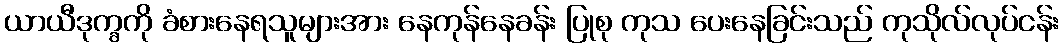
ယာယီဒုက္ခကို ခံစားနေရသူများအား နေကုန်နေခန်း ပြုစု ကုသ ပေးနေခြင်းသည် ကုသိုလ်လုပ်ငန်း